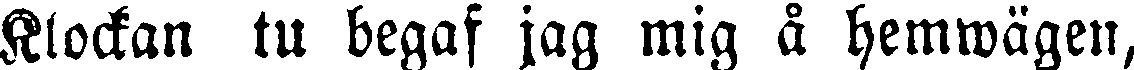
Klockan tu begaf jag mig å hemwägen,